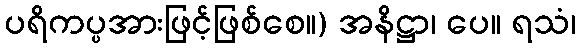
ပရိကပ္ပအားဖြင့်ဖြစ်စေ။) အနိဋ္ဌာ၊ ပေ။ ရသံ၊